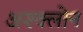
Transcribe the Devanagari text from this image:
अश्क्लोन